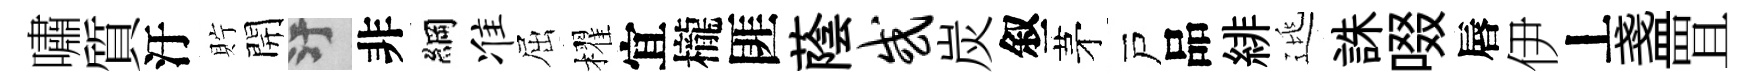
嘯質汙貯開污非綱准屈櫂宜櫳匪蔭或炭叙茅戸品緋逃誅啜唇伊丄盞罝